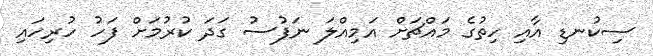
ސިކުނޑި އާއި ހިތުގެ މައްޗަށް އަމިއްލަ ނަފުސު ގަދަ ކުރުމަށް ފަހު ހުރިހައި